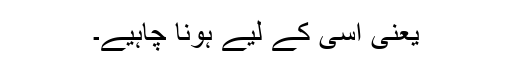
یعنی اُسی کے لیے ہونا چاہیے۔